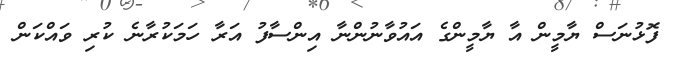
ފޮޅުނަސް ޔާމީން އާ ޔާމީންގެ އައުވާނުންނާ އިންސާފު އަރާ ހަމަކުރާނެ ކުރި ވައްކަން